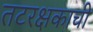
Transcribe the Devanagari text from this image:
तटरक्षकाची